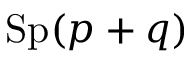
\mathrm { S p } ( p + q )